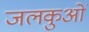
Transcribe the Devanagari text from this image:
जलकुओं